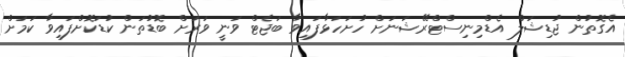
އެގޮތުން ޖުޑިޝަލް އެޑްމިނިސްޓްރޭޝަނަށް ހުށަހަޅާފައިވާ ބަޖެޓް ވަނީ ވަރަށް ބޮޑުތަން ކުޑަކޮށްފައިވާ ކަމަށް